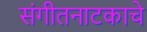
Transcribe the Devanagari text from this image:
संगीतनाटकाचे